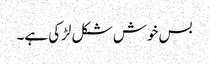
بس خوش شکل لڑکی ہے۔